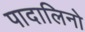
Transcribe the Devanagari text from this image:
पादालिनो